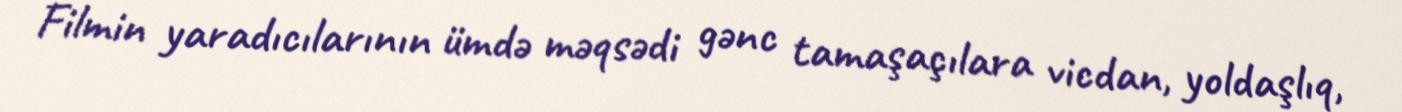
Filmin yaradıcılarının ümdə məqsədi gənc tamaşaçılara vicdan, yoldaşlıq,